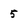
Character: 5